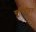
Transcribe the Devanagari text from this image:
यूनिरॉयल